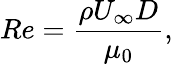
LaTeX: Re=\frac{\rho U_{\infty}D}{\mu_{0}},